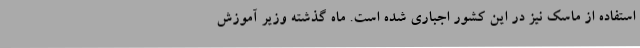
استفاده از ماسک نیز در این کشور اجباری شده است. ماه گذشته وزیر آموزش